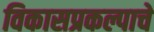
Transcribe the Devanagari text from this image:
विकासप्रकल्पाचे